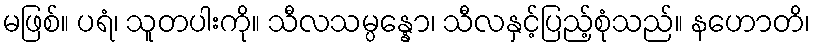
မဖြစ်။ ပရံ၊ သူတပါးကို။ သီလသမ္ပန္နော၊ သီလနှင့်ပြည့်စုံသည်။ နဟောတိ၊